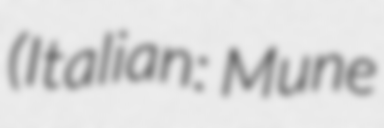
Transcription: (Italian: Mune